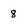
Character: 8